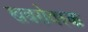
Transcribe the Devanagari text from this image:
खबरोवस्क